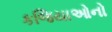
કજિયાઓનો